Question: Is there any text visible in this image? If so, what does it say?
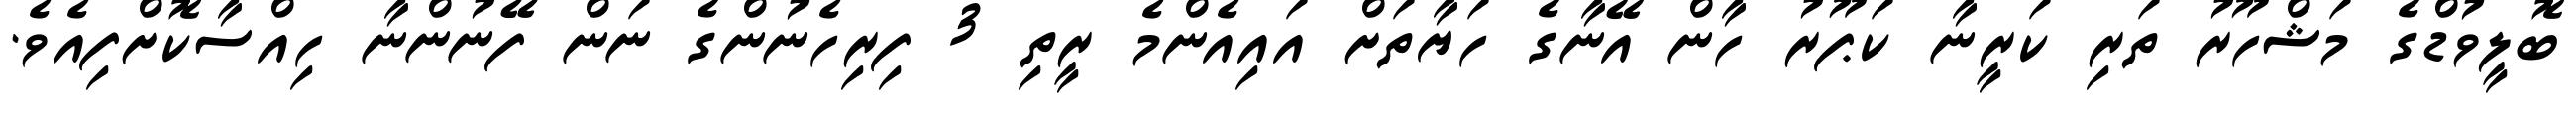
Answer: ބޮލީވުޑްގެ މަޝްހޫރު ތަރި ކަރީނާ ކަޕޫރު ހާން އޭނާގެ ހަޔާތަށް އައިއެންމެ ރީތި 3 ފިރިހެނުންގެ ނަން ފޭނުންނާ ހިއްސާކޮށްފިއެވެ.